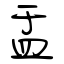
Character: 盂